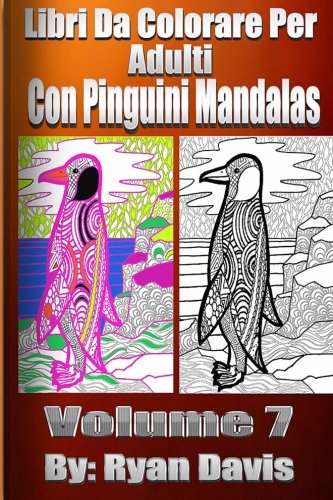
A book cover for Libri Da Colorare Per Adulti Con Pinguini Mandalas (Animals & Mandalas ) (Italian Edition); Davis94; Comics & Graphic Novels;